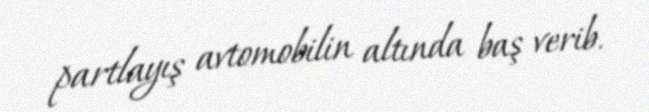
partlayış avtomobilin altında baş verib.